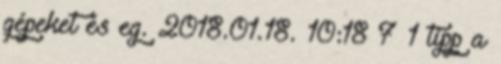
gépeket és eg. 2018.01.18. 10:18 7 1 tipp a